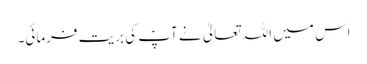
اس میں اللہ تعالیٰ نے آپؑ کی بریت فرمائی۔